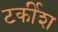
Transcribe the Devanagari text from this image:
टर्कीश